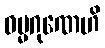
ဓမ္မဂုဏေဟိ